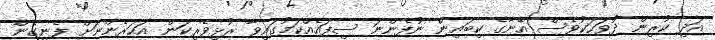
އަދި ކުރިން ދުވަހަކުވެސް އޭނާގެ ކިބައިން ނުފެންނަ ސިފައެއްކަމުގައިވާ ރުޅިވެރިކަން އަހަރެންނަށް ފެނިގެން